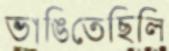
ভাঙিতেছিলি